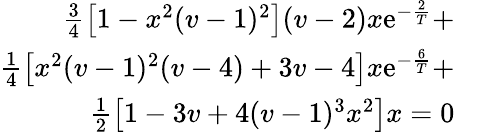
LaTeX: \begin{array}{rl}{\frac{3}{4}\left[1-x^{2}(v-1)^{2}\right](v-2)x\mathrm{e}^{-\frac{2}{T}}+}&{}\\ {\frac{1}{4}\left[x^{2}(v-1)^{2}(v-4)+3v-4\right]x\mathrm{e}^{-\frac{6}{T}}+}&{}\\ {\frac{1}{2}\left[1-3v+4(v-1)^{3}x^{2}\right]x=0}\end{array}